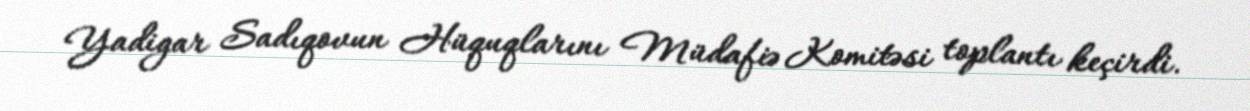
Yadigar Sadıqovun Hüquqlarını Müdafiə Komitəsi toplantı keçirdi.